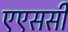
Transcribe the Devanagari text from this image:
एएससी